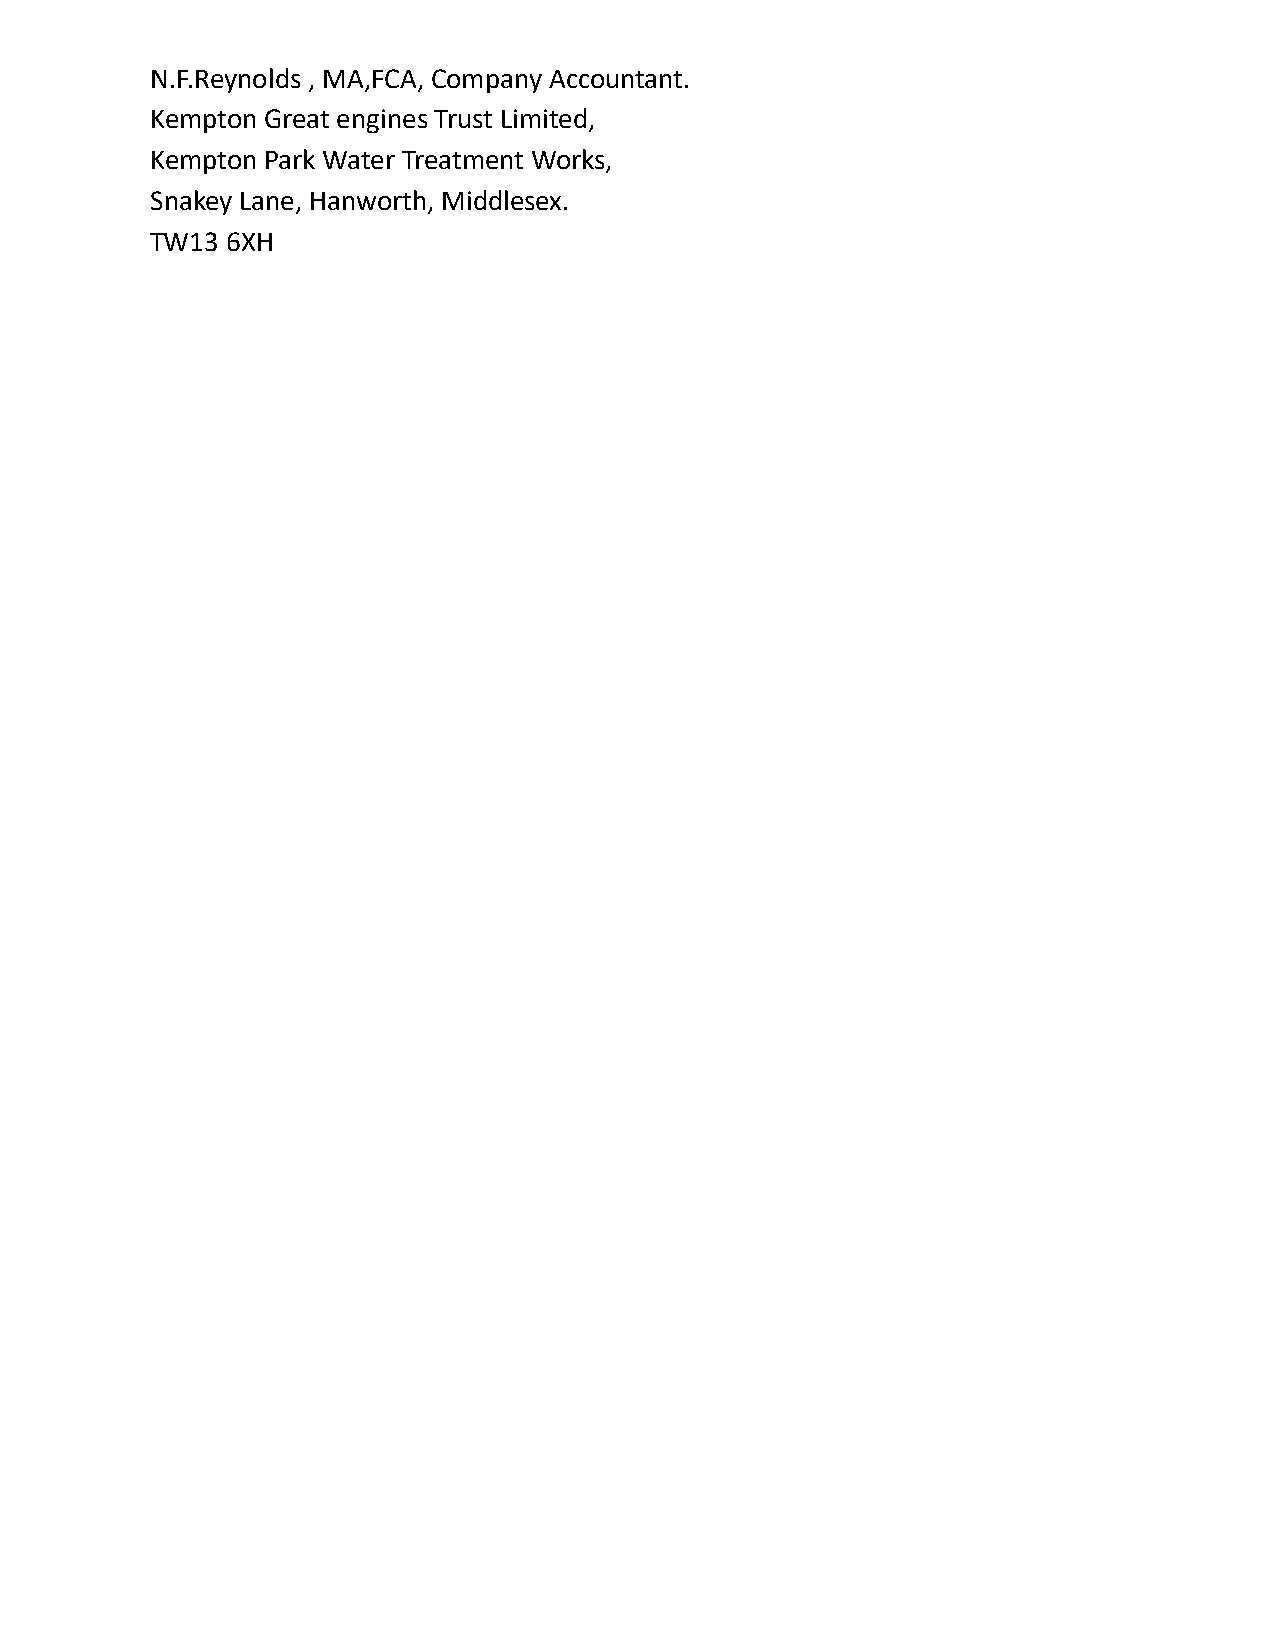
N.F.Reynolds , MA,FCA, Company Accountant.
 Kempton Great engines Trust Limited,
 Kempton Park Water Treatment Works,
 Snakey Lane, Hanworth, Middlesex.
 TW13 6XH